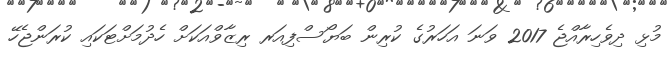
މުޅި ދިވެހިރާއްޖެ 2017 ވަނަ އަހަރުގެ ކުރިން ބަޔޯސްފިއަރ ރިޒާވްއަކަށް ހެދުމަށްޓަކައި ކުރަންޖެހޭ